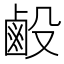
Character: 𪉘